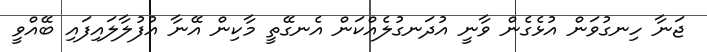
ޖަނާ ހިނގުވަން އުޅެގެން ވާނީ އުދަނގުލެއްކަން އެނގޭތީ މާކިން އޭނާ އުފުލާލައިފައި ބޭއްވީ